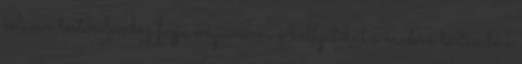
relációs történelemhez fogja megismerni a hallgatókat a modern történelmi